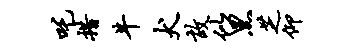
吒措牛犬故似黑芝仰